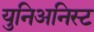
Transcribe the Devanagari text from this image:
युनिअनिस्ट